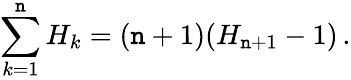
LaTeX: \sum_{k=1}^{\mathtt{n}}{H_{k}}=(\mathtt{n}+1)(H_{\mathtt{n}+1}-1)\, .